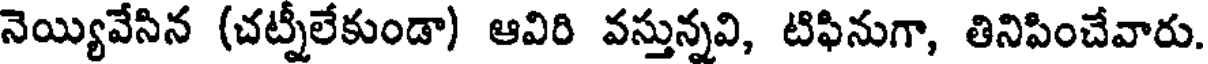
నెయ్యివేసిన (చట్నీలేకుండా) ఆవిరి వస్తున్నవి, టిఫినుగా, తినిపించేవారు.